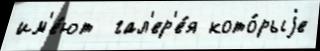
им'е́ют  гал'ер'е́я кото́рыjе